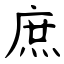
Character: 庶